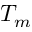
T _ { m }